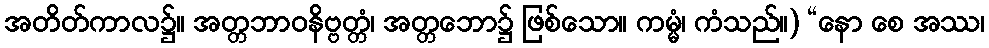
အတိတ်ကာလ၌။ အတ္တဘာဝနိဗ္ဗတ္တံ၊ အတ္တဘော၌ ဖြစ်သော။ ကမ္မံ၊ ကံသည်။) “နော စေ အဿ၊